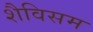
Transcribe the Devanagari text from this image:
शैविसम